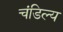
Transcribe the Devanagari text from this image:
चंडिल्य